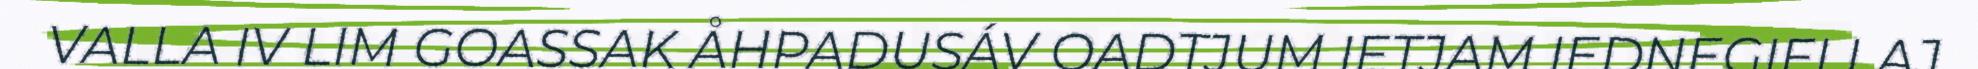
VALLA IV LIM GOASSAK ÅHPADUSÁV OADTJUM IETJAM IEDNEGIELLAJ